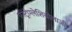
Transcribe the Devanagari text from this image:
एस्ट्रोग्लेशियोलाजी